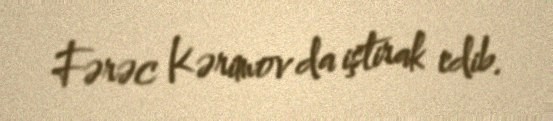
Fərəc Kərimov da iştirak edib.